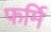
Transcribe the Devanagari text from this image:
फर्मि